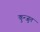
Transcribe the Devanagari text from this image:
कुन्जुत